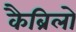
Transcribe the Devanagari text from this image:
कैब्रिलो